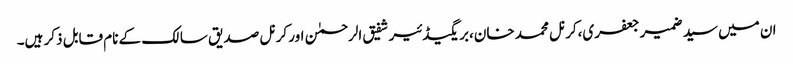
ان میں سید ضمیر جعفری،کرنل محمد خان،بریگیڈئیر شفیق الرحمٰن اور کرنل صدیق سالک کے نام قابل ذکر ہیں۔